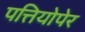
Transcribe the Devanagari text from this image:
पत्तियोपेर